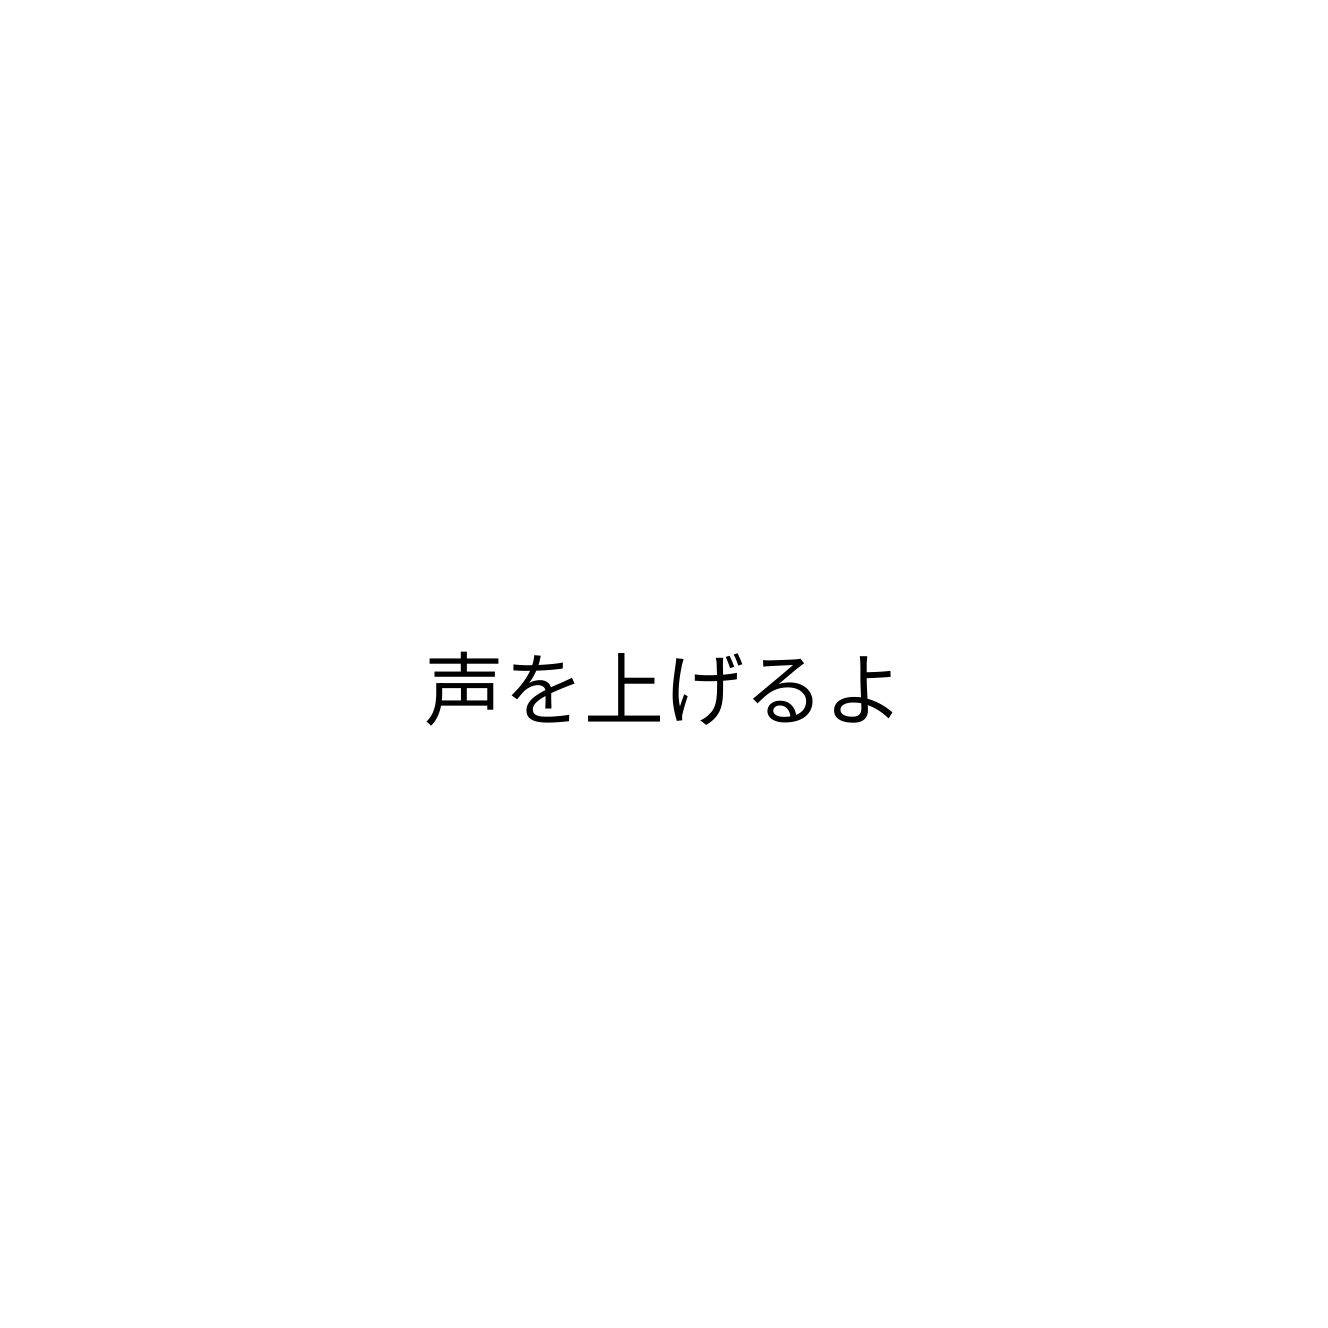
声を上げるよ